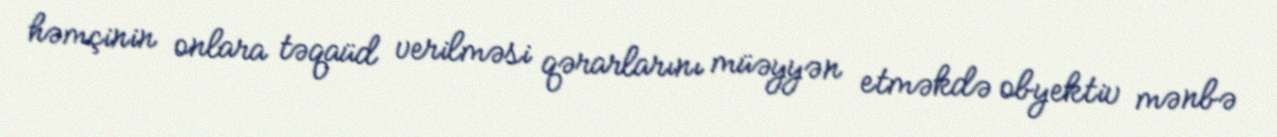
həmçinin onlara təqaüd verilməsi qərarlarını müəyyən etməkdə obyektiv mənbə